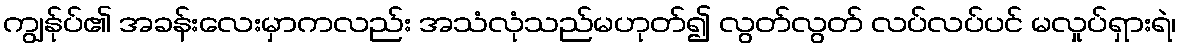
ကျွန်ုပ်၏ အခန်းလေးမှာကလည်း အသံလုံသည်မဟုတ်၍ လွတ်လွတ် လပ်လပ်ပင် မလှုပ်ရှားရဲ၊